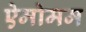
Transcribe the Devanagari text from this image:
ऐमोमम